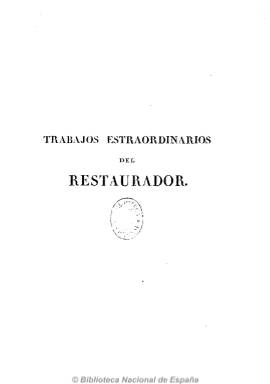
Título: Trabajos extraordinarios del Restaurador
Otros títulos: Trabajos estraordinarios del Restaurador
Colección: Periódicos anteriores a 1850 || Derecho
Ámbito geográfico: Madrid
Lugar de publicación: Madrid
Fechas: 01/01/1823-31/01/1823

Así se denomina a partir del segundo cuaderno una serie de ocho que se publican en 1823, y que forman un volumen de 244 páginas, que también se titulan “Forma de las antiguas Cortes de Castilla con algunas observaciones sobre ellas”.  Ese título hace referencia al diario absolutista El restaurador, que en julio de este año comienza a aparecer en Madrid, y que publica como separata estos cuadernos, con el objeto de rebatir la “soberanía nacional” a la que tacha de “quimérica, impracticable, incoherente y repugnante”. Recopila documentos (cédulas, despachos, cartas y ordenamientos reales, jurisdicciones, actas, juramentos, etc.) desde el siglo XI al XVI, que constituyen un corpus legislativo de la corona castellana, aunque haciendo excepciones de algunos de los reinados, comos los de Juan II y Enrique III, acompañados de sus correspondientes comentarios doctrinales y políticos. Cada cuaderno, de una treintena de páginas y con foliación seguida, son impresos en la oficina madrileña de Eusebio Aguado.